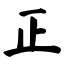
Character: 正